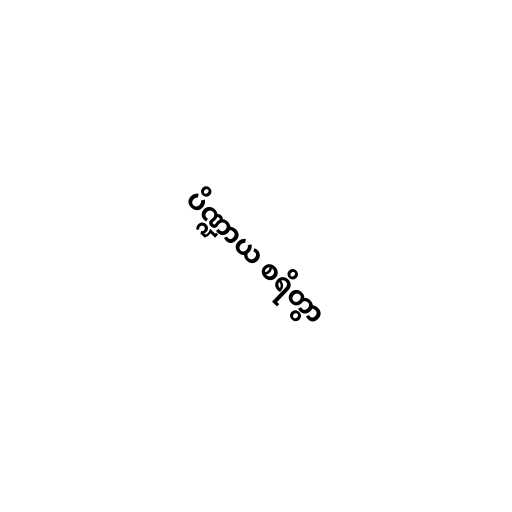
ပိဏ္ဍာယ စရိတွာ